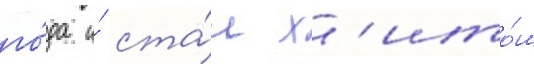
го́да и́ ста́л х'ито́м